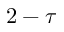
2 - \tau